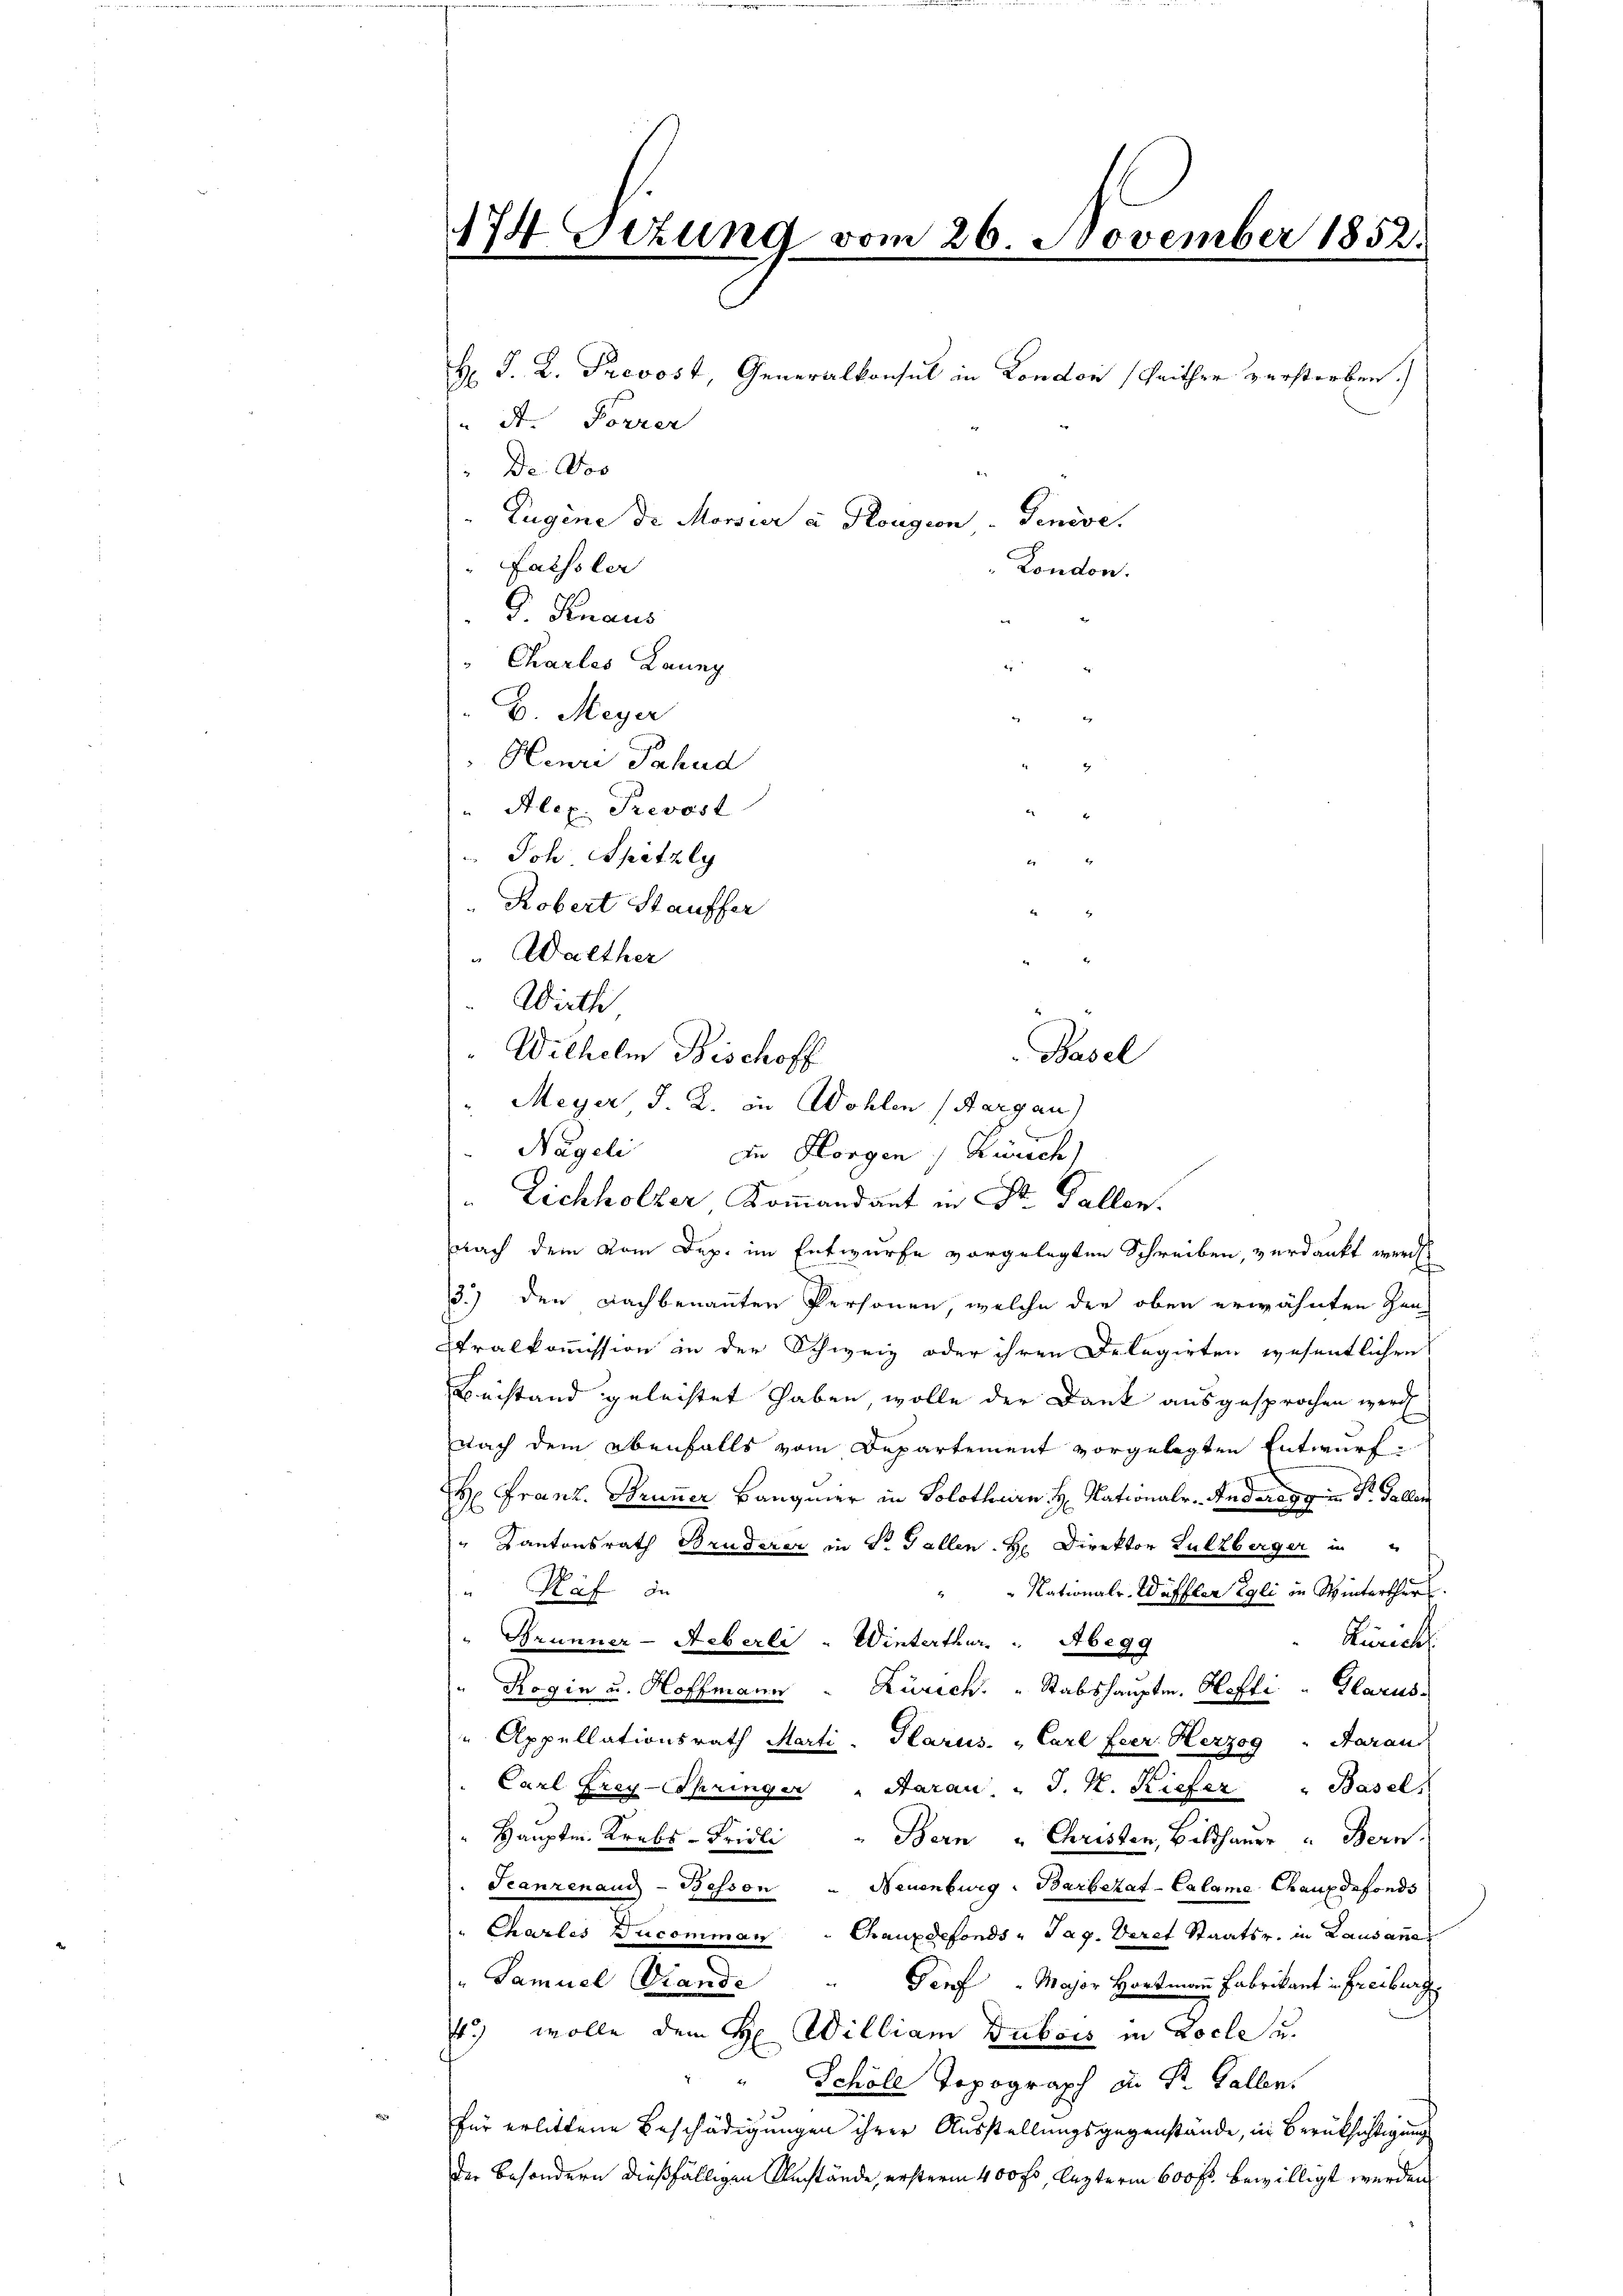
74 sezung vom 26. November 1852.
2

Wirth,
Wilhelm Bischoff

Nageli

H. F. L. Prevost, Generalkonsul in London Seither verstorben.
A. Forrer
Zugine de Monsier a Rougion - Genève.
London.
G. Knaus

De: Jos
Falssler
" Chartes Laung
S.
H. Meyer
Heure Fahnd
" Alex. Prevost
Joh. Spitzly
Robert Stauffer
" Walther
nach dem vom Dep. im Entwurfe vorgelegten Schreiben, verdankt werd
3.) den Dachbenannten Personen, welche der oben erwähnten Gen
Stralkommission in der Schweiz oder ihren Delegirten wesentlichen
Beistand geleistet haben, wolle der Dank ausgesprochen werd
nach dem ebenfalls vom Departement vorgelegten Entwurf¬
H: Franz. Brunner Baugmer in Solothurn H. Nationalr. Anderegg in P. Gallen
Kantonsrath Bruderer in Sr. Fallen. H Direktor Sulzberger in
"National-Wäffler Egli in Winterthur.
" Näf in
Zürich
Brunner-Aeberli - Winterthur. " Abegg
Rogin u. Hoffmann - Zürich. " Stabshauptm. Hoffi " Glarus.
" Appellationsrath Marti, Glarus. " Carl Feer. Herzog " Aarau
Carl Frey-Springer " Saran, " J. K. Kiefer  "   Basel
Hauptm. Krebs - Fridli " Bern u Christen, Bildhaŭer " Bern.
Scanzenaud-Besson " Neuenburg: Barbezat-Calame Chauxdefonds
" Charles Ducomman " Chauxdefonds u Tag. Veret Staatsr. in Lausannes
" Samuel Stande
Genf " Major Hartmann Fabrikant in Freiburg
st) wolle dem H. William Dubois in Loche u.
Schöle Topograph in St. Gallen.
für erlittene Beschädigungen ihrer Ausstellungsgegenstände, in Berüksichtigung
der Besondern dießfälligen Umstände, ersterm 400 fl, lezterm 600 fl. bewilligt werden

Basel
n Horgen Kürsch
" Eichholzer Kommandant in St. Gallen.

Meyer, J. R. in Wohlen (Aargau)